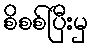
စိစစ်ပြီးမှ